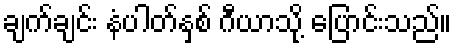
ချက်ချင်း နံပါတ်နှစ် ဂီယာသို့ ပြောင်းသည်။